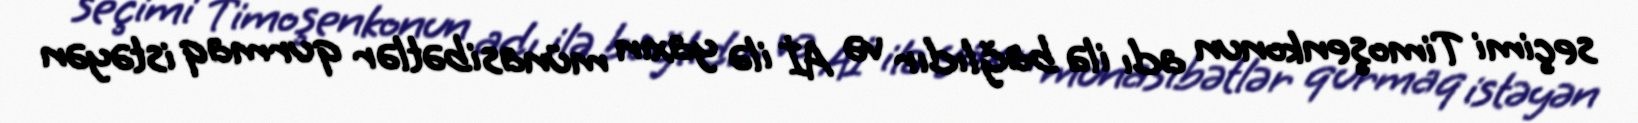
seçimi Timoşenkonun adı ilə bağlıdır və Aİ ilə yaxın münasibətlər qurmaq istəyən